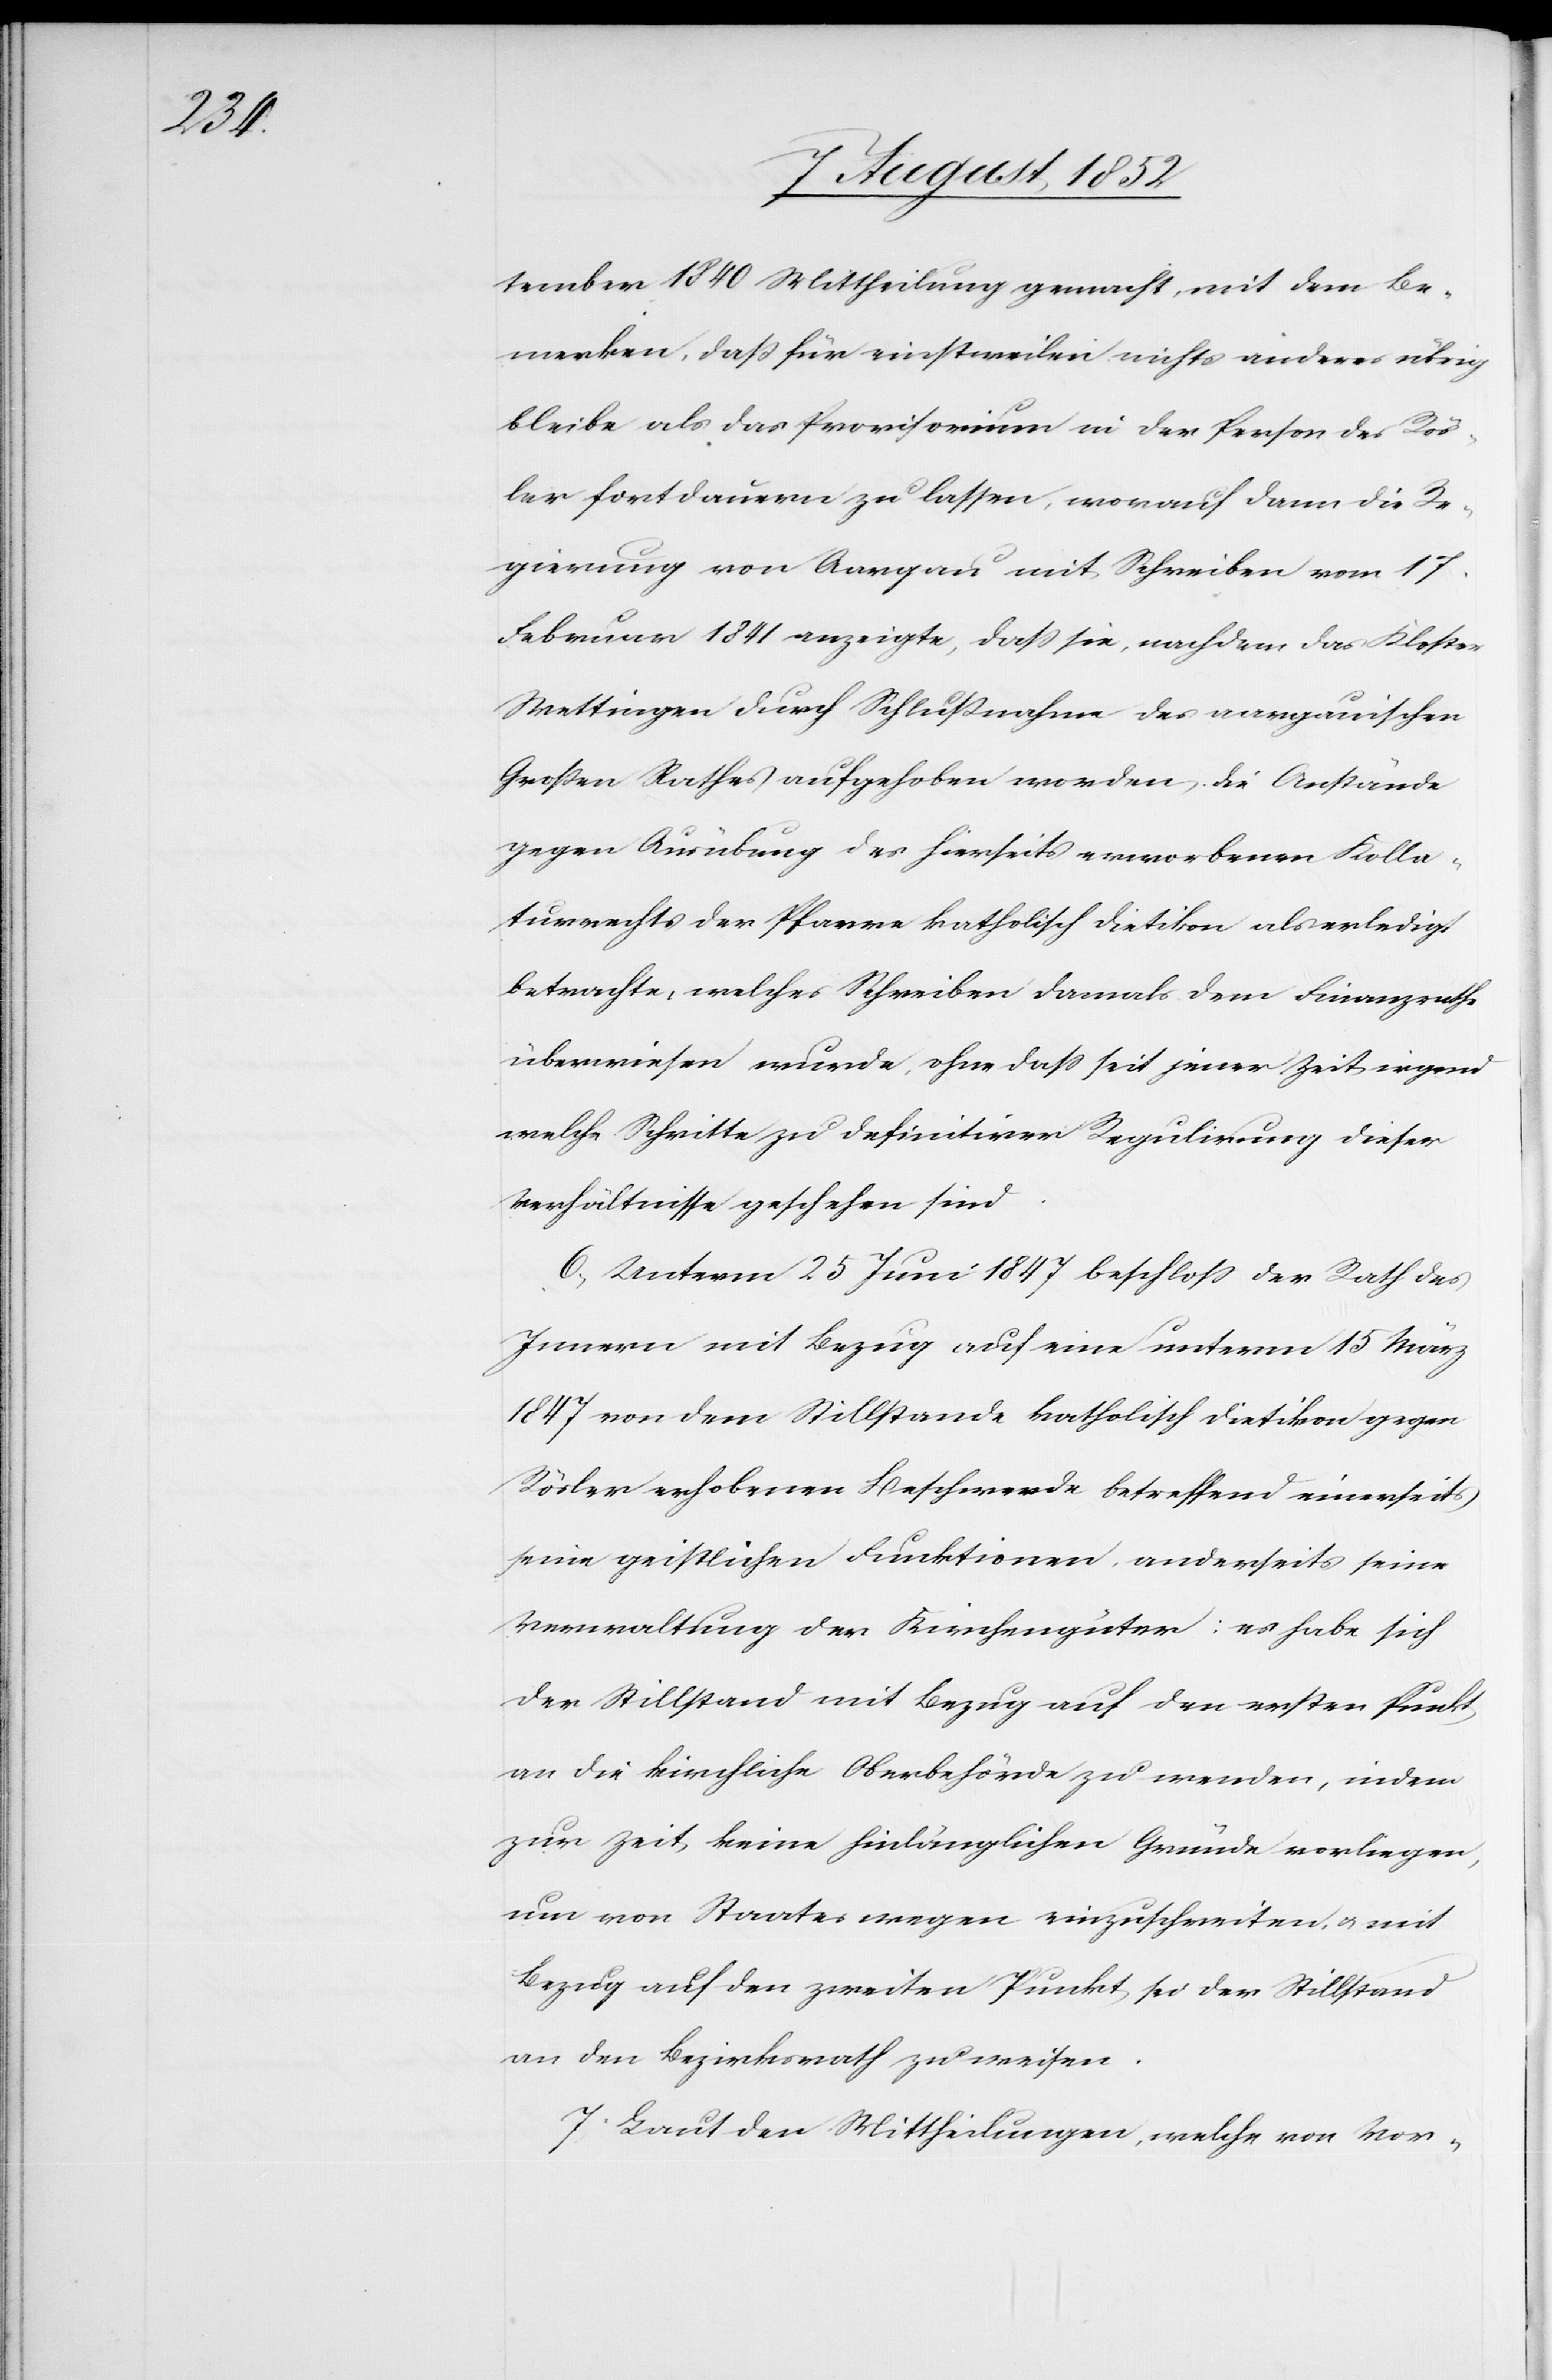
tember 1840 Mittheilung gemacht, mit dem Be¬
merken, daß für einstweilen nichts anderes übrig
bleibe als das Provisorium in der Person des Rös¬
ler fortdauern zu lassen, worauf dann die Re¬
gierung von Aargau mit Schreiben vom 17.
Februar 1841 anzeigte, dass sie, nachdem das Kloster
Wettingen durch Schlußnahme des aargauischen
Großen Rathes aufgehoben worden die Anstände
gegen Ausübung des hierseits erworbenen Kolla¬
turrechts der Pfarre katholisch Dietikon als erledigt
betrachte, welches Schreiben damals dem Finanzrathe
überwiesen wurde, ohne dass seit jener Zeit irgend
welche Schritte zu definitiver Regulirung dieser
Verhältnisse geschehen sind.
6, Unterm 25 Juni 1847 beschloss der Rath des
Innern mit Bezug auf eine unterm 15 März
1847 von dem Stillstande katholisch Dietikon gegen
Rösler erhobenen Beschwerde betreffend einerseits
seine geistlichen Funktionen, anderseits seine
Verwaltung der Kirchengüter: es habe sich
der Stillstand mit Bezug auf den ersten Punkt
an die kirchliche Oberbehörde zu wenden, indem
zur Zeit keine hinlänglichen Gründe vorliegen,
um von Staates wegen einzuschreiten, & mit
Bezug auf den zweiten Punkt sei der Stillstand
an den Bezirksrath zu weisen.
7. Laut den Mittheilungen, welche von Vor-